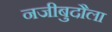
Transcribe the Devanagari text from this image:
नजीबुदौला